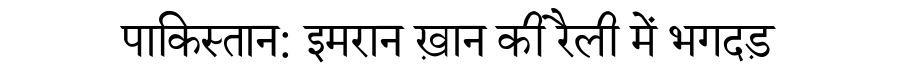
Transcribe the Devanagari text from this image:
पाकिस्तान: इमरान ख़ान की रैली में भगदड़